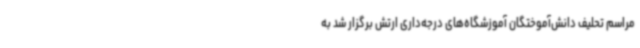
مراسم تحلیف دانش‌آموختگان آموزشگاه‌های درجه‌داری ارتش برگزار شد به